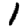
Digit: 1